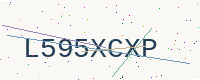
Text: L595XCXP